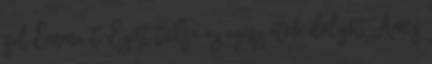
fel Emma-t. Ezért tudja az egész átok dolgot. Amíg